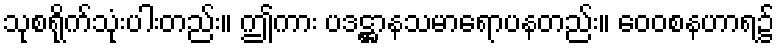
သုစရိုက်သုံးပါးတည်း။ ဤကား ပဒဋ္ဌာနသမာရောပနတည်း။ ဝေဝစနဟာရ၌